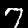
Digit: 7